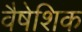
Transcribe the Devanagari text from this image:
वैषेशिक